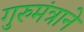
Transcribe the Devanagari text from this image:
गुरुमंत्राने